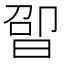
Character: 𬁤